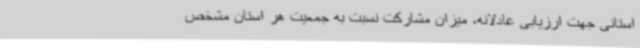
استانی جهت ارزیابی عادلانه، میزان مشارکت نسبت به جمعیت هر استان مشخص